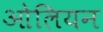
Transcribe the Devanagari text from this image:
ओलियन